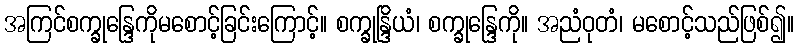
အကြင်စက္ခုန္ဒြေကိုမစောင့်ခြင်းကြောင့်။ စက္ခုန္ဒြိယံ၊ စက္ခုန္ဒြေကို။ အညံဝုတံ၊ မစောင့်သည်ဖြစ်၍။